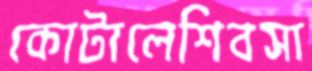
কোটালেশিবসা